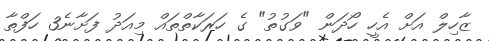
ޒާހިލް އަށް އެހީ ހޯދަން "ވަގުތު" ގެ ހަރަކާތްތައް މިއަދު ފަށާނެ3 ހަފްތާ